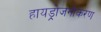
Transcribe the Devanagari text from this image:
हायड्रोजनीकरण